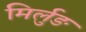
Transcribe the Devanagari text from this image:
मिर्लुङ